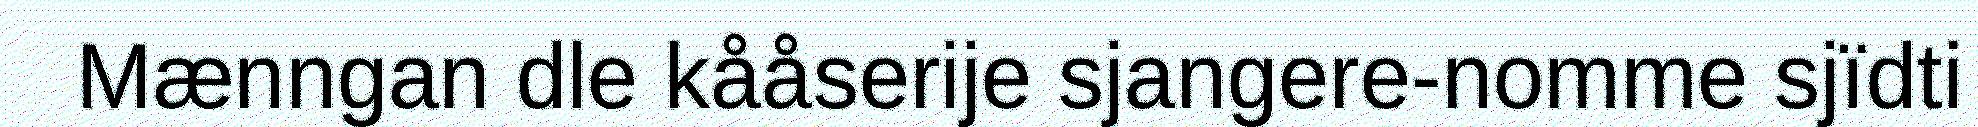
Mænngan dle kååserije sjangere-nomme sjïdti